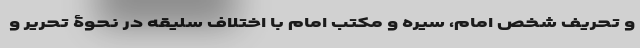
و تحریف شخص امام، سیره و مکتب امام با اختلاف سلیقه در نحوۀ تحریر و